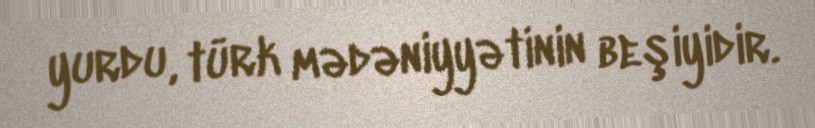
yurdu, türk mədəniyyətinin beşiyidir.